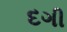
દગી